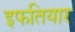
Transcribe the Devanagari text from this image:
इफतियार